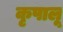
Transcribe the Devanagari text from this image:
कृपालू